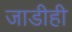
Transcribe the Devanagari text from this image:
जाडीही